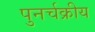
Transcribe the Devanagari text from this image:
पुनर्चक्रीय